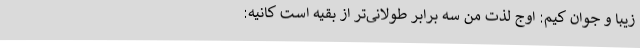
زیبا و جوان کیم: اوج لذت من سه برابر طولانی‌تر از بقیه است کانیه: